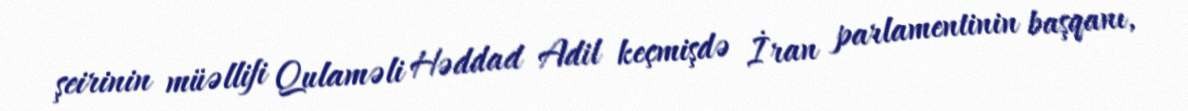
şeirinin müəllifi Qulaməli Həddad Adil keçmişdə İran parlamentinin başqanı,